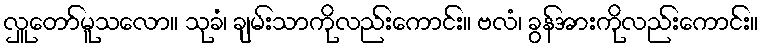
လှူတော်မူသလော။ သုခံ၊ ချမ်းသာကိုလည်းကောင်း။ ဗလံ၊ ခွန်အားကိုလည်းကောင်း။